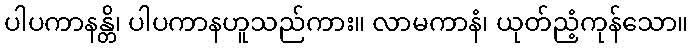
ပါပကာနန္တိ၊ ပါပကာနဟူသည်ကား။ လာမကာနံ၊ ယုတ်ညံ့ကုန်သော။